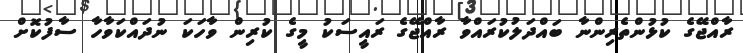
ރާއްޖޭގެ ކުޅުންތެރިންނާ ބައްދަލުކުރައްވާ ރާއްޖޭގެ ރައީސަކު މީގެ ކުރިން ވާހަކަ ނުދައްކަވާހާ ސާފުކޮށް